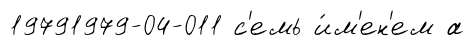
19791979-04-011 с'емь и́м'ен'ем а